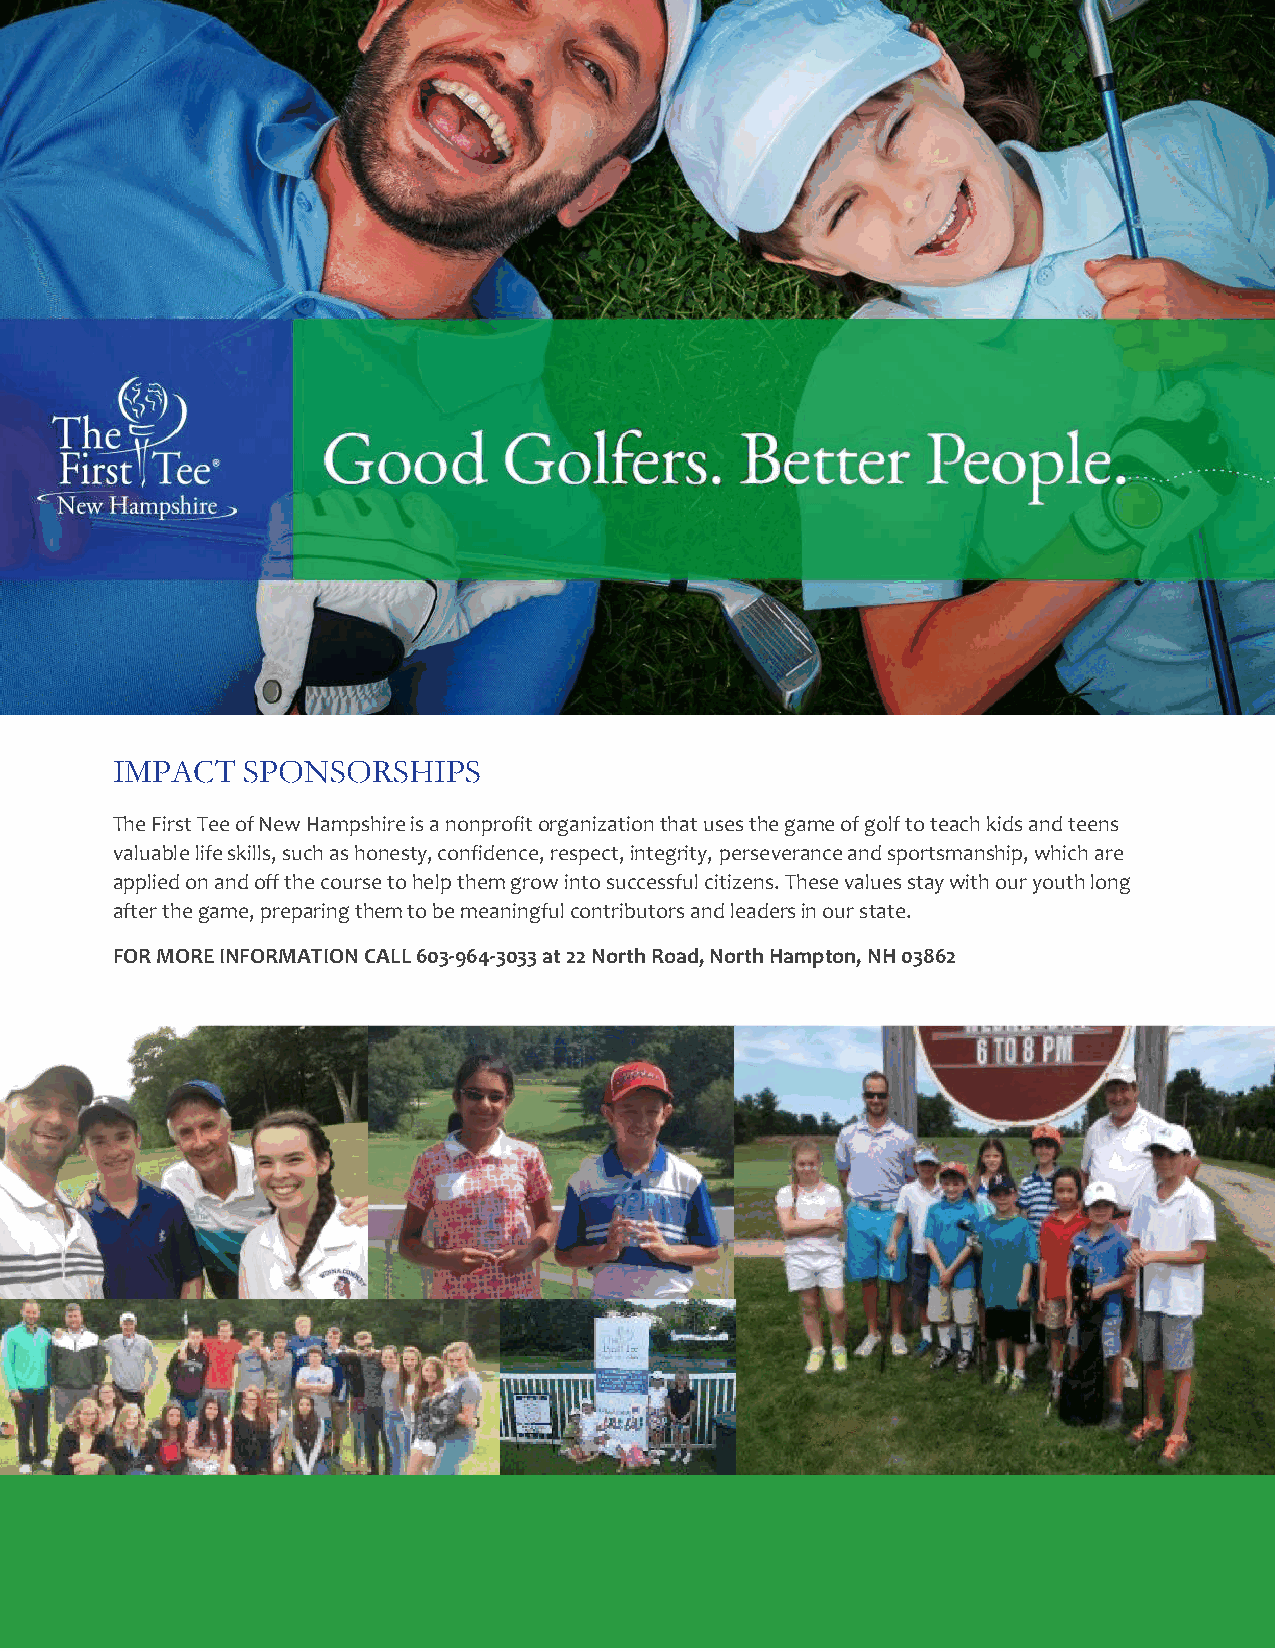
IMPACT   SPONSORSHIPS
 The First Tee of New Hampshire is a nonprofit organization that uses the game of golf to teach kids and teens
 valuable life skills, such as honesty, confidence, respect, integrity, perseverance and sportsmanship, which are
 applied on and off the course to help them grow into successful citizens. These values stay with our youth long
 after the game, preparing them to be meaningful contributors and leaders in our state.
 FOR MORE INFORMATION CALL 603-964-3033 at 22 North Road, North Hampton, NH 03862